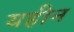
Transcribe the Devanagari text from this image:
यहीन